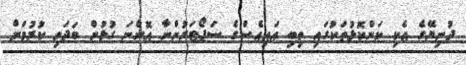
ދުނިޔޭގެ އެކި ކަންކޮޅުތަކުގައި ތިބި އައިއެސްގެ ސަޕޯޓަރުންނާ އޮންނަ ގުޅުން ބަދަހި ކުރުމަށް